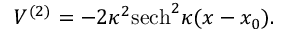
V ^ { ( 2 ) } = - 2 \kappa ^ { 2 } \mathrm { s e c h } ^ { 2 } \kappa ( x - x _ { 0 } ) .